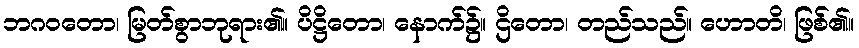
ဘဂဝတော၊ မြတ်စွာဘုရား၏။ ပိဋ္ဌိတော၊ နောက်၌။ ဌိတော၊ တည်သည်။ ဟောတိ၊ ဖြစ်၏။